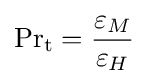
\mathrm {Pr} _{\mathrm {t} }={\frac {\varepsilon _{M}}{\varepsilon _{H}}}